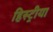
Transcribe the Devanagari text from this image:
हिस्ट्रीया